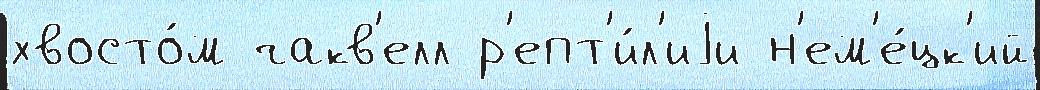
хвосто́м чакв'елл р'епт'и́л'иjи н'ем'е́цк'ий